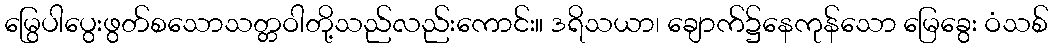
မြွေပါပွေးဖွတ်စသောသတ္တဝါတို့သည်လည်းကောင်း။ ဒရိသယာ၊ ချောက်၌နေကုန်သော မြေခွေး ဝံသစ်